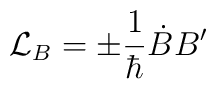
{\cal L}_B = \pm \frac1{\hbar} \dot B B'